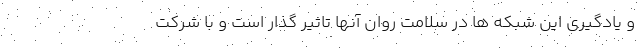
و یادگیری این شبکه ها در سلامت روان آنها تاثیر گذار است و با شرکت